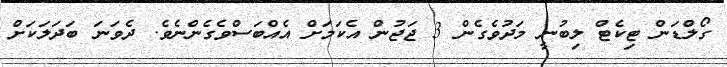
ގޯލްޑަން ޓިކެޓް ލިބުނީ މަދުވެގެން 3 ޖަޖުން އެކަމަށް އެއްބަސްވެގެންނެވެ. ދެވަނަ ބަދަލަކަށް